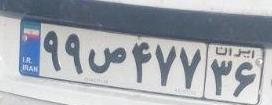
۹۹ص۴۷۷۳۶